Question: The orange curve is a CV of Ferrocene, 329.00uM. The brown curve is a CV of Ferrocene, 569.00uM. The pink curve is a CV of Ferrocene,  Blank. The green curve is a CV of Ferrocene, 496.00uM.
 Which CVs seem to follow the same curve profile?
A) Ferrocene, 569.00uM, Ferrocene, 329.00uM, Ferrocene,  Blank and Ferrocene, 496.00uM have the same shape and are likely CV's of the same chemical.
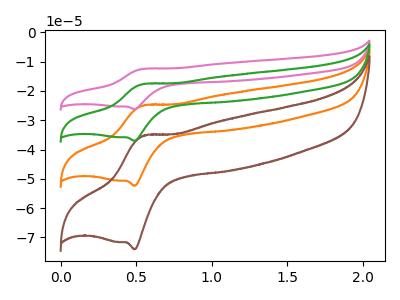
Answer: <think>The orange curve "Ferrocene, 329.00uM" has an anodic peak at (0.55V, -24.95uA) and a cathodic peak at (0.50V, -52.35uA). The brown curve "Ferrocene, 569.00uM" has an anodic peak at (0.55V, -35.30uA) and a cathodic peak at (0.50V, -74.05uA). The pink curve "Ferrocene,  Blank" has an anodic peak at (0.55V, -74.90uA) and a cathodic peak at (0.50V, -157.05uA). The green curve "Ferrocene, 496.00uM" has an anodic peak at (0.55V, -49.95uA) and a cathodic peak at (0.50V, -104.70uA).
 All the peaks in "Ferrocene, 329.00uM" have a peak in "Ferrocene, 569.00uM" at the same potential. All the peaks in "Ferrocene, 329.00uM" have a peak in "Ferrocene,  Blank" at the same potential. All the peaks in "Ferrocene, 329.00uM" have a peak in "Ferrocene, 496.00uM" at the same potential. All the peaks in "Ferrocene, 569.00uM" have a peak in "Ferrocene,  Blank" at the same potential. All the peaks in "Ferrocene, 569.00uM" have a peak in "Ferrocene, 496.00uM" at the same potential. All the peaks in "Ferrocene,  Blank" have a peak in "Ferrocene, 496.00uM" at the same potential.</think>
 <answer>A) "Ferrocene, 569.00uM", "Ferrocene, 329.00uM", "Ferrocene,  Blank" and "Ferrocene, 496.00uM" have the same shape and are likely CV's of the same chemical.</answer>
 <eval>A</eval>